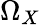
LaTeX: \Omega_{X}